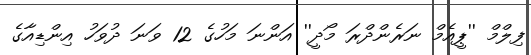
ފިލްމް ''ޕީއެމް ނަރެންދްރަ މޯދީ'' އަންނަ މަހުގެ 12 ވަނަ ދުވަހު އިންޑިއާގެ